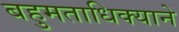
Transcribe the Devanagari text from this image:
बहुमताधिक्याने